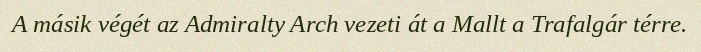
A másik végét az Admiralty Arch vezeti át a Mallt a Trafalgár térre.